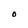
Character: O